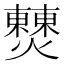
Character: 𤒖